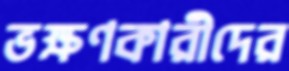
ভক্ষণকারীদের